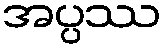
အပ္ပဿ